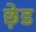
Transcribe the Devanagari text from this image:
छ़ेड